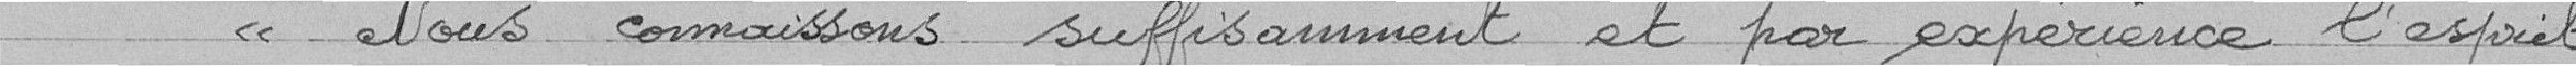
" Nous connaissons suffisamment et par expérience l'esprit